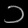
Digit: ၁